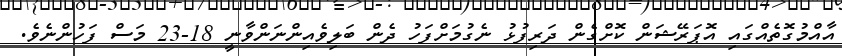
އާއްމުގޮތެއްގައި އޮޕަރޭޝަން ކޮށްގެން ދަރިފުޅު ނެގުމަށްފަހު ދެން ބަލިވެއިންނަންވާނީ 18-23 މަސް ފަހުންނެވެ.